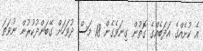
އެ ކުށެއްގެ އަދަބެއްގެ ގޮތުން ގިނަވެގެން 18 މަސް ދުވަހަށް ގޭބަންދުކުރުން ނުވަތަ